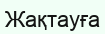
Жақтауға